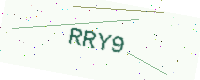
Text: RRY9